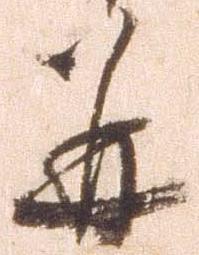
并